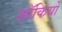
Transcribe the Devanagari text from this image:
जॉकियों